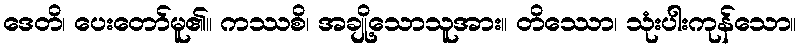
ဒေတိ၊ ပေးတော်မူ၏။ ကဿစိ၊ အချို့သောသူအား။ တိဿော၊ သုံးပါးကုန်သော။